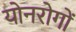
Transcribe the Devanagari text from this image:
योनरोगों